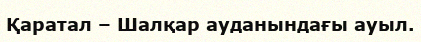
Қаратал – Шалқар ауданындағы ауыл.